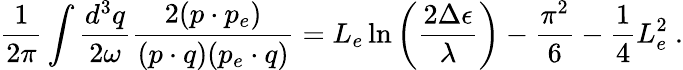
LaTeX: \frac{1}{2\pi}\int\frac{d^{3}q}{2\omega}\frac{2(p\cdot p_{e})}{(p\cdot q)(p_{e}\cdot q)}=L_{e}\ln\left(\frac{2\Delta\epsilon}{\lambda}\right)-\frac{\pi^{2}}{6}-\frac{1}{4}L_{e}^{2}\ .